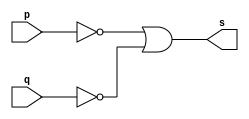
// ------------------------- 
// Exemplo0009 - NAND 
// Nome: Eduardo de Figueiredo Junior
// ------------------------- 
// ------------------------- 
// -- nand gate 
// ------------------------- 
module nandgate ( output s,input p, q); 
assign s = ~p | ~q; 
endmodule // nandgate 
// --------------------- 
// -- test nand gate 
// --------------------- 
module testnandgate; 
// ------------------------- dados locais 
reg a, b; // definir registradores 
wire s; // definir conexao (fio) 
// ------------------------- instancia 
nandgate NAND1 (s, a, b); 
// ------------------------- preparacao 
initial begin:start 
// atribuicao simultanea 
// dos valores iniciais 
a=0; b=0; 
end 
// ------------------------- parte principal 
initial begin 
$display("Exemplo0009 - Eduardo de Figueiredo Junior - 451550"); 
$display("Test NAND gate"); 
$display("\na ~& b = s\n"); 
#1 a=0; b=0; 
$monitor("%b ~& %b = %b", a, b, s); 
#1 a=0; b=1; 
#1 a=1; b=0; 
#1 a=1; b=1; 
 
end 
endmodule // testnandgate